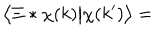
\big \langle \Xi * \chi ( k ) \big | \chi ( k ^ { \prime } ) \big \rangle =